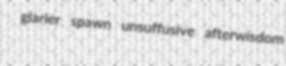
glarier spawn unsuffusive afterwisdom